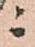
ニ